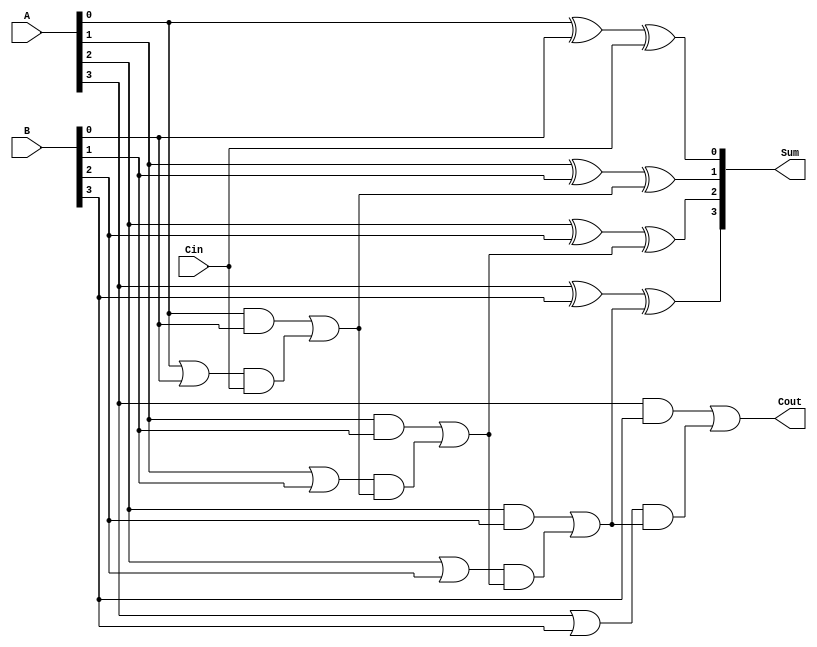
module CILA #(parameter N = 4) (
    input  [N-1:0] A,     // First n-bit input
    input  [N-1:0] B,     // Second n-bit input
    input          Cin,    // Carry In
    output [N-1:0] Sum,    // n-bit Sum output
    output         Cout     // Carry Out
);

    // Generate and Propagate signals
    wire [N-1:0] G; // Generate signals
    wire [N-1:0] P; // Propagate signals
    wire [N:0] C;   // Carry signals

    // Generate and Propagate logic
    genvar i;
    generate
        for (i = 0; i < N; i = i + 1) begin: gen_prop
            assign G[i] = A[i] & B[i];       // Generate
            assign P[i] = A[i] | B[i];       // Propagate
        end
    endgenerate

    // Carry Lookahead Logic
    assign C[0] = Cin; // C0 = Cin
    generate
        for (i = 1; i <= N; i = i + 1) begin: carry_logic
            assign C[i] = G[i-1] | (P[i-1] & C[i-1]); // Carry generation
        end
    endgenerate

    // Sum Calculation
    generate
        for (i = 0; i < N; i = i + 1) begin: sum_calc
            assign Sum[i] = A[i] ^ B[i] ^ C[i]; // Sum calculation
        end
    endgenerate

    // Final Carry Out
    assign Cout = C[N]; // Cout = CN

endmodule